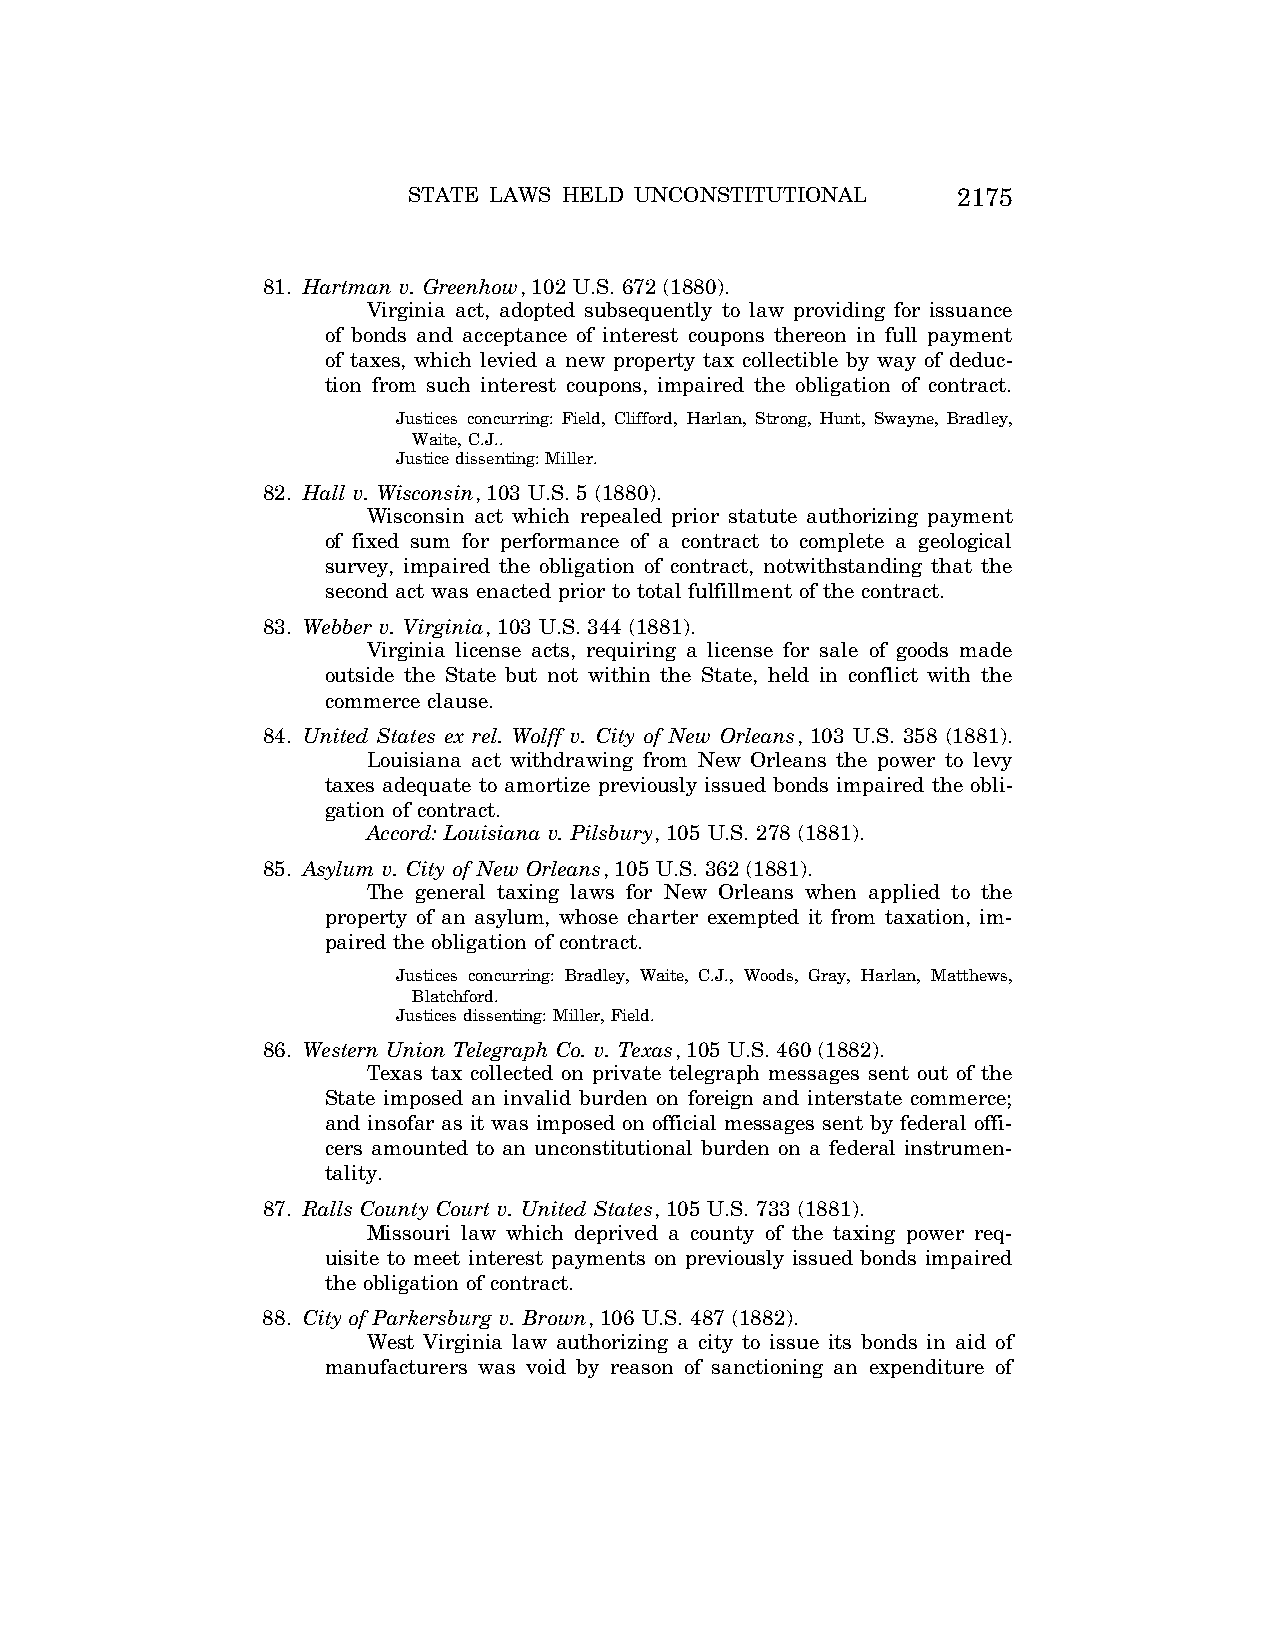
STATE LAWS HELD UNCONSTITUTIONAL    2175
 81. Hartman v. Greenhow, 102 U.S. 672 (1880).
 Virginia act, adopted subsequently to law providing for issuance
 of bonds and acceptance of interest coupons thereon in full payment
 of taxes, which levied a new property tax collectible by way of deduc-
 tion from such interest coupons, impaired the obligation of contract.
 Justices concurring: Field, Clifford, Harlan, Strong, Hunt, Swayne, Bradley,
 Waite, C.J..
 Justice dissenting: Miller.
 82. Hall v. Wisconsin, 103 U.S. 5 (1880).
 Wisconsin act which repealed prior statute authorizing payment
 of fixed sum for performance of a contract to complete a geological
 survey, impaired the obligation of contract, notwithstanding that the
 second act was enacted prior to total fulfillment of the contract.
 83. Webber v. Virginia, 103 U.S. 344 (1881).
 Virginia license acts, requiring a license for sale of goods made
 outside the State but not within the State, held in conflict with the
 commerce clause.
 84. United States ex rel. Wolff v. City of New Orleans, 103 U.S. 358 (1881).
 Louisiana act withdrawing from New Orleans the power to levy
 taxes adequate to amortize previously issued bonds impaired the obli-
 gation of contract.
 Accord: Louisiana v. Pilsbury, 105 U.S. 278 (1881).
 85. Asylum v. City of New Orleans, 105 U.S. 362 (1881).
 The general taxing laws for New Orleans when applied to the
 property of an asylum, whose charter exempted it from taxation, im-
 paired the obligation of contract.
 Justices concurring: Bradley, Waite, C.J., Woods, Gray, Harlan, Matthews,
 Blatchford.
 Justices dissenting: Miller, Field.
 86. Western Union Telegraph Co. v. Texas, 105 U.S. 460 (1882).
 Texas tax collected on private telegraph messages sent out of the
 State imposed an invalid burden on foreign and interstate commerce;
 and insofar as it was imposed on official messages sent by federal offi-
 cers amounted to an unconstitutional burden on a federal instrumen-
 tality.
 87. Ralls County Court v. United States, 105 U.S. 733 (1881).
 Missouri law which deprived a county of the taxing power req-
 uisite to meet interest payments on previously issued bonds impaired
 the obligation of contract.
 88. City of Parkersburg v. Brown, 106 U.S. 487 (1882).
 West Virginia law authorizing a city to issue its bonds in aid of
 manufacturers was void by reason of sanctioning an expenditure of
 VerDate Aug<04>2004 12:57 Aug 23, 2004 Jkt 077500 PO 00000 Frm 00015 Fmt 8222 Sfmt 8222 C:\CONAN\CON064.SGM PRFM99 PsN: CON064